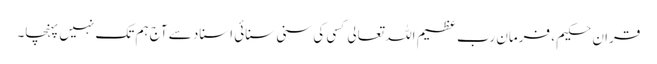
قران حکیم ، فرمان رب عظیم اللہ تعالی کسی کی سنی سنائی اسناد سے آج ہم تک نہیں پہنچا۔